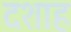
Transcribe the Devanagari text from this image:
दशाह